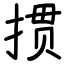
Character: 掼